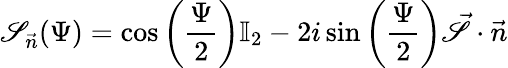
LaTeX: \mathscr{S}_{\vec{{n}}}(\Psi)=\cos{\left(\frac{{\Psi}}{{2}}\right)}\mathbb{{I}}_{2}-2i\sin{\left(\frac{{\Psi}}{{2}}\right)}\vec{{\mathscr{S}}}\cdot\vec{{n}}